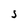
Character: S